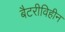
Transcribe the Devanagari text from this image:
बैटरीविहीन